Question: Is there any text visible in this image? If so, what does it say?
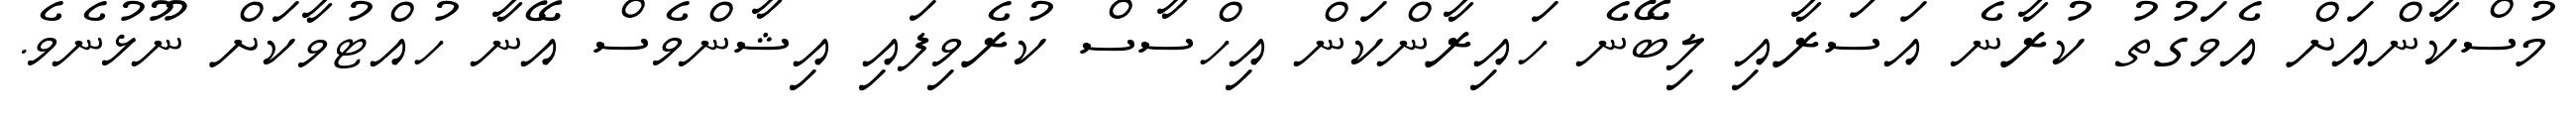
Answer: މުސްކާންއަށް އެވަގުތު ކުރާނެ އަސަރާއި ލިބޭނެ ހައިރާންކަން އިހްސާސް ކުރެވިފައި އިޝާންވެސް އޭނާ ހުއްޓުވާކަށް ނޫޅުނެވެ.